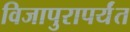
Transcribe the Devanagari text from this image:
विजापुरापर्यंत